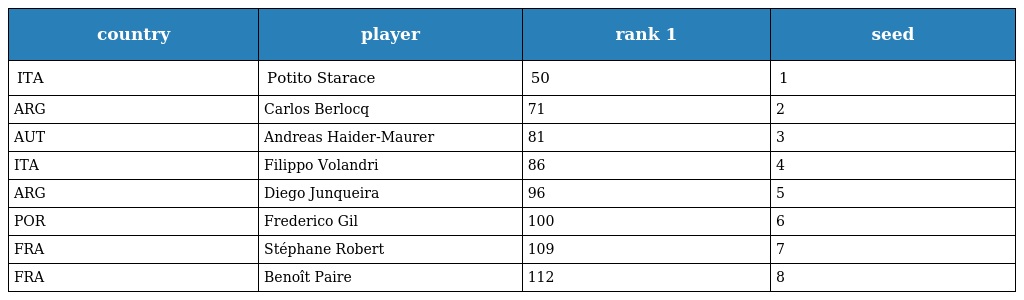
| country | player | rank 1 | seed |
 | --- | --- | --- | --- |
 | ITA | Potito Starace | 50 | 1 |
 | ARG | Carlos Berlocq | 71 | 2 |
 | AUT | Andreas Haider-Maurer | 81 | 3 |
 | ITA | Filippo Volandri | 86 | 4 |
 | ARG | Diego Junqueira | 96 | 5 |
 | POR | Frederico Gil | 100 | 6 |
 | FRA | Stéphane Robert | 109 | 7 |
 | FRA | Benoît Paire | 112 | 8 |